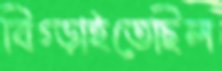
বিগ্‌ড়াইতেছিল